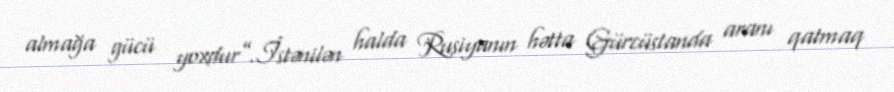
almağa gücü yoxdur”.İstənilən halda Rusiyanın hətta Gürcüstanda aranı qatmaq